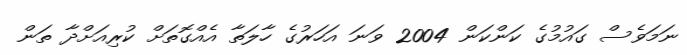
ނަމަވެސް ގައުމުގެ ކަންކަން 2004 ވަނަ އަހަރުގެ ހާލަތާ އެއްގޮތަށް ކުރިއަށްދާ ތަން